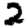
Digit: 2